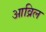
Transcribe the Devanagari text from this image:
आव्रिल